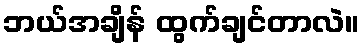
ဘယ်အချိန် ထွက်ချင်တာလဲ။